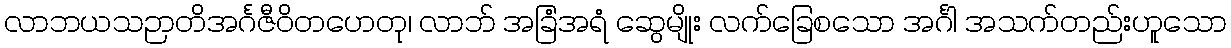
လာဘယသဉာတိအင်္ဂဇီဝိတဟေတု၊ လာဘ် အခြံအရံ ဆွေမျိုး လက်ခြေစသော အင်္ဂါ အသက်တည်းဟူသော